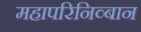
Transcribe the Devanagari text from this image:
महापरिनिव्बान